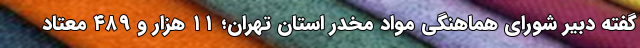
گفته دبیر شورای هماهنگی مواد مخدر استان تهران؛ ۱۱ هزار و ۴۸۹ معتاد